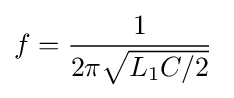
f={1 \over 2\pi {\sqrt {L_{1}C/2}}}\;